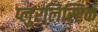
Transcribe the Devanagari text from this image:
प्लुरलिस्टिक